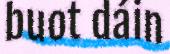
buot dáin